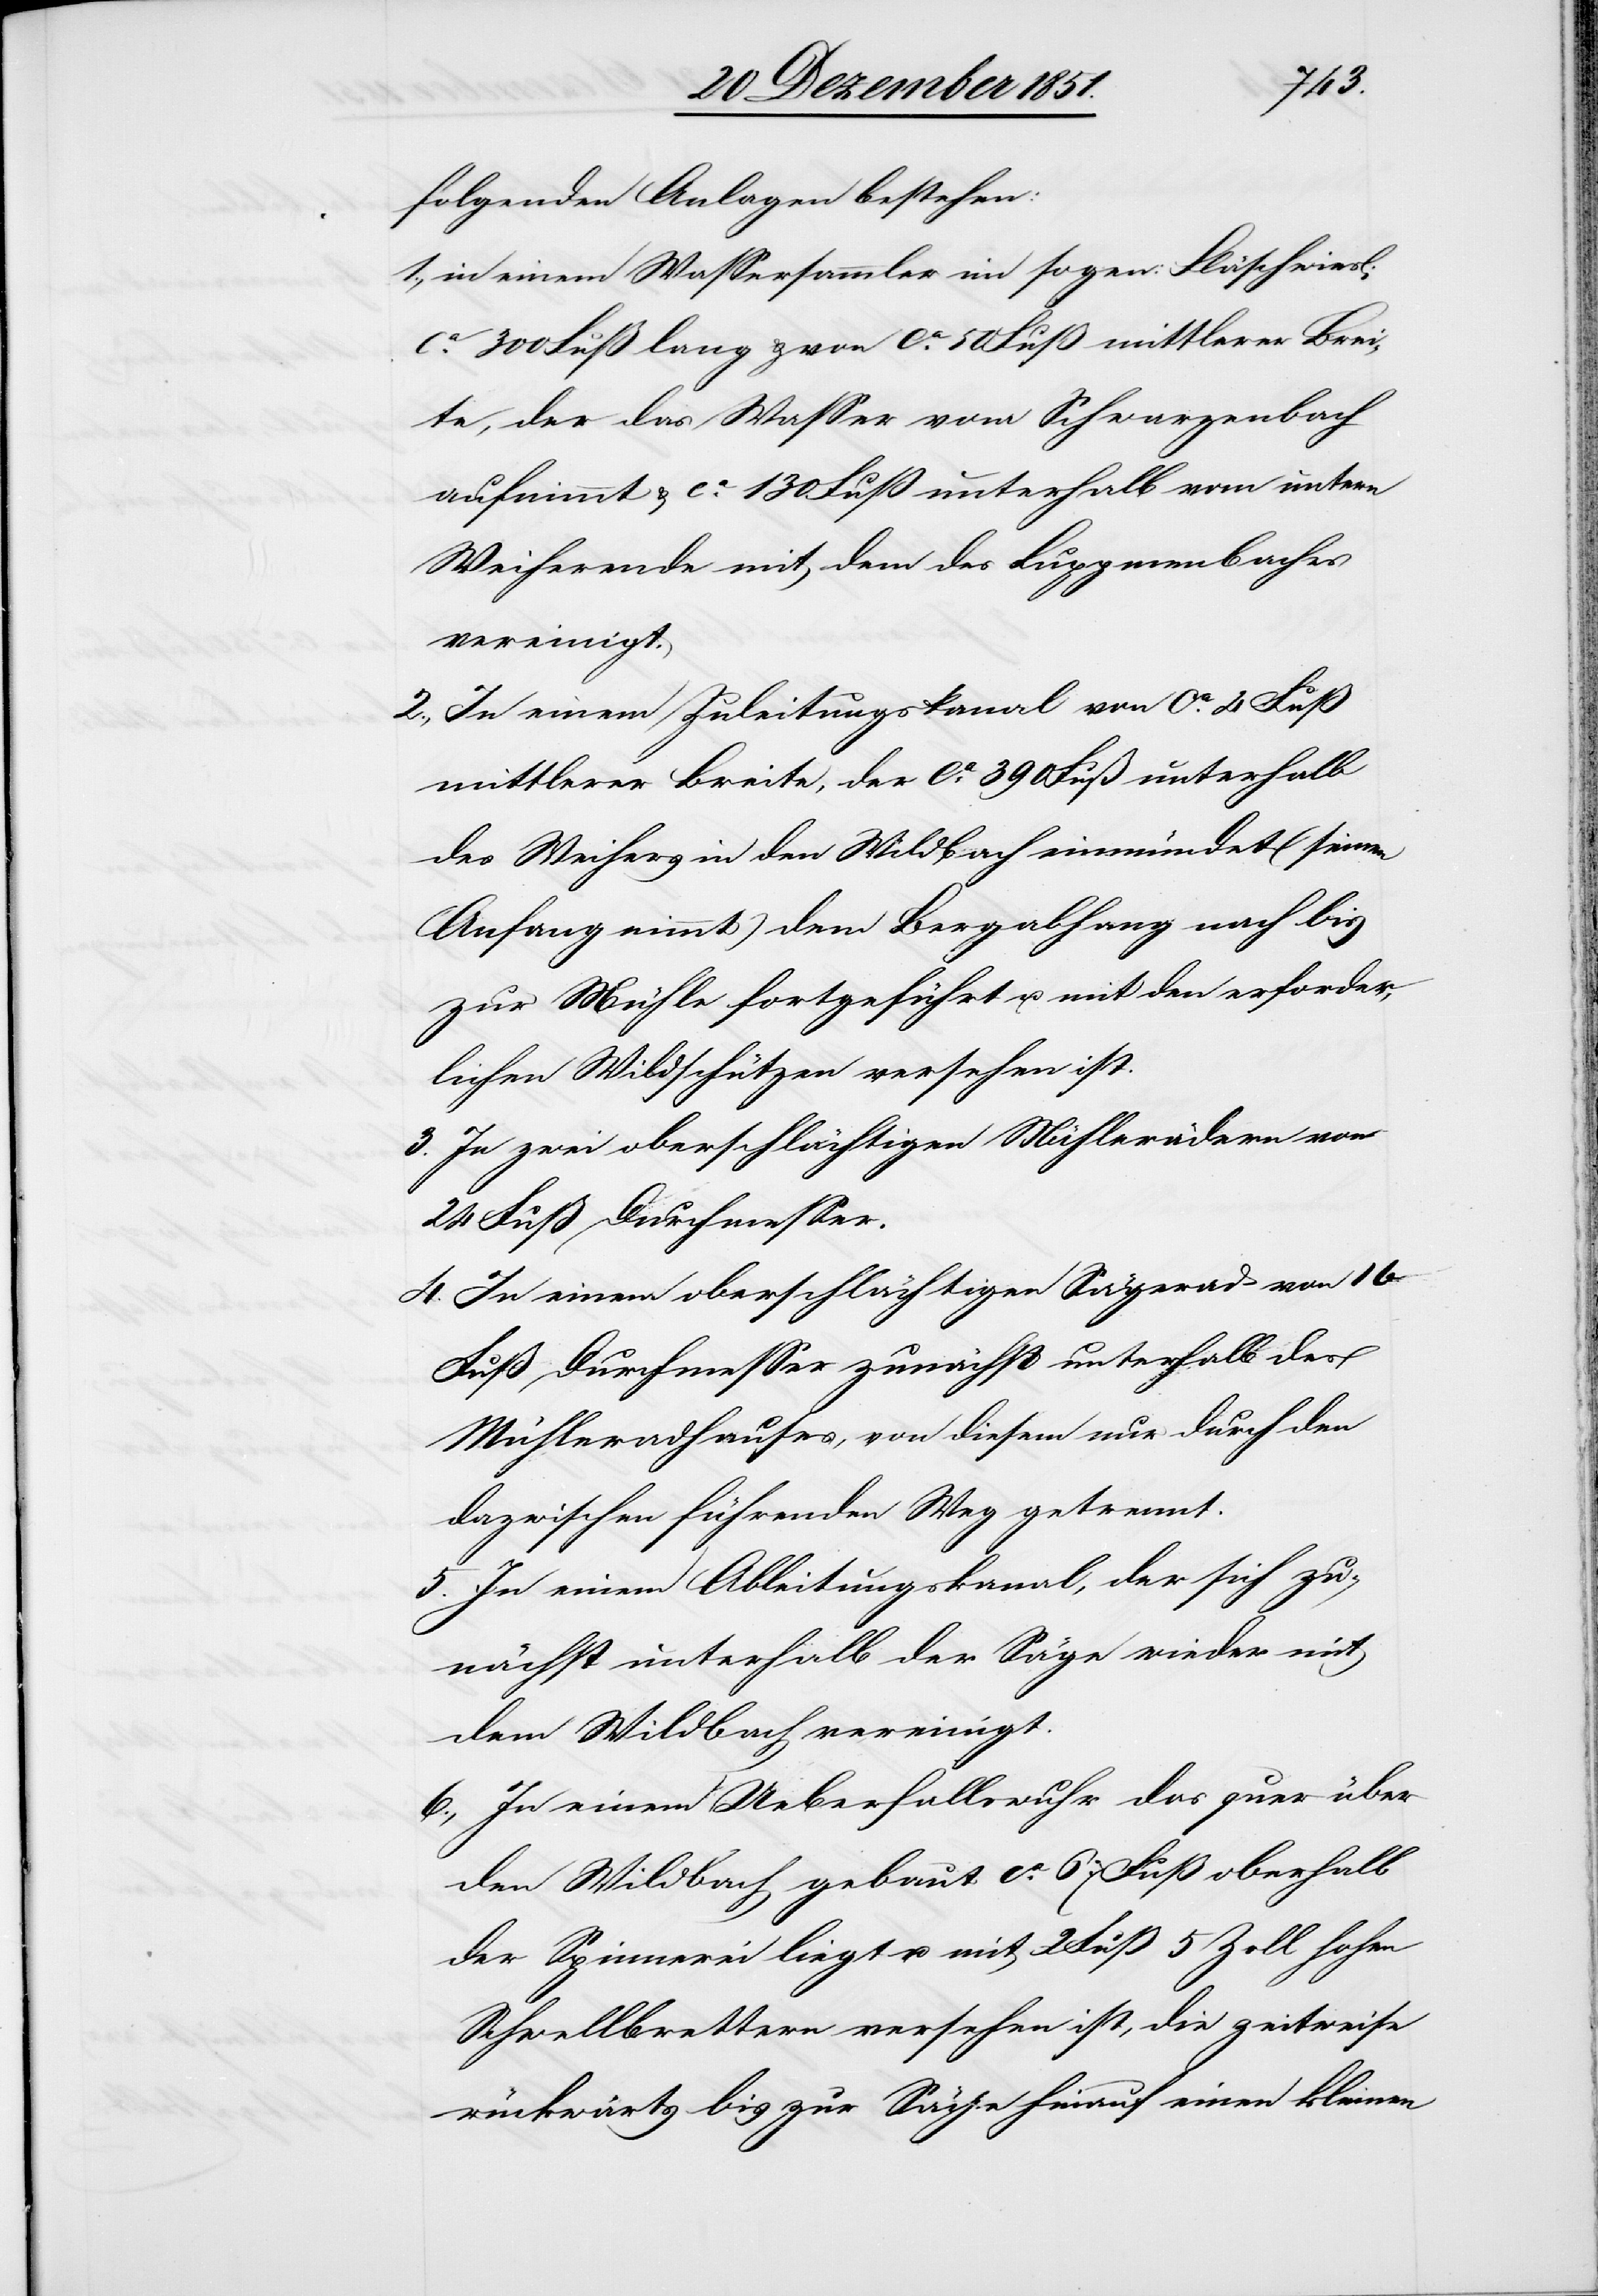
folgenden Anlagen bestehen:
in einem Wassersammler im sogen: Fläschwiesli
ca. 300 Fuß lang & von ca. 50 Fuß mittlerer Brei¬
te, der das Wasser vom Schwarzenbach
aufnimmt & ca. 130 Fuß unterhalb vom untern
Weiherende mit dem des Luppmenbaches
vereinigt.
In einem Zuleitungskanal von ca. 4 Fuß
mittlerer Breite, der ca. 390 Fuß unterhalb
des Weihers in den Wildbach einmündet (seinen
Anfang nimmt) dem Bergabhang nach bis
zur Mühle fortgeführt u. mit den erforder¬
lichen Wildschützen versehen ist.
In zwei oberschlächtigen Mühlerädern von
24 Fuß Durchmesser.
In einem oberschlächtigen Sägerad von 16
Fuß Durchmesser zunächst unterhalb des
Mühleradhauses, von diesem nur durch den
dazwischen führenden Weg getrennt.
In einem Ableitungskanal, der sich zu¬
nächst unterhalb der Säge wieder mit
dem Wildbach vereinigt.
In einem Ueberfallswuhr das quer über
den Wildbach gebaut ca. 67 Fuß oberhalb
der Spinnerei liegt u. mit 2 Fuß 5 Zoll hohen
Schwellbrettern versehen ist, die zeitweise
rückwärts bis zur Säge hinauf einen kleinen